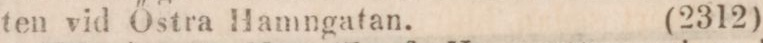
ten vid Őstra Hamngatan.     (2312)